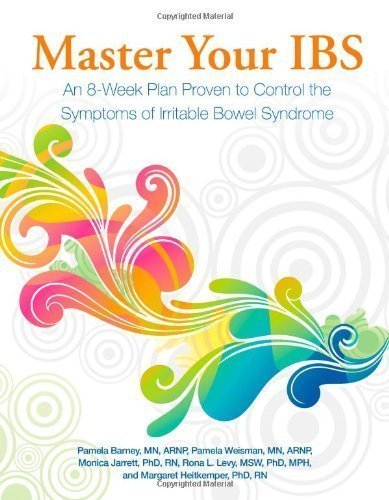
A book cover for Master Your IBS: An 8-Week Plan Proven to Control the Symptoms of Irritable Bowel Syndrome by Pamela Barney, Pamela Weisman, Monica Jarrett, Rona L. Levy, (2010) Paperback; Pamela Weisman, Monica Jarrett, Rona L. Levy, Pamela Barney; Health, Fitness & Dieting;